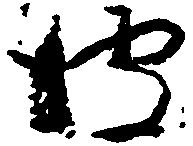
彼